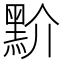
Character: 𪐱